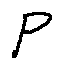
p